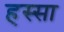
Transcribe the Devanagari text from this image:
हस्सा